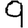
Digit: 9